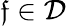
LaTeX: \mathfrak{f}\in\mathcal{D}